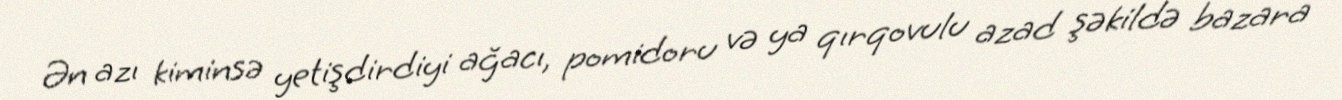
Ən azı kiminsə yetişdirdiyi ağacı, pomidoru və ya qırqovulu azad şəkildə bazara